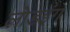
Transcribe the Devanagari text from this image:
लोडइंग